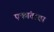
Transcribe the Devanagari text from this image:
एकांताचा